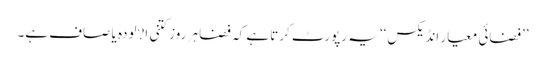
’’فضائی معیار انڈیکس‘‘ یہ رپورٹ کرتا ہے کہ فضا ہر روز کتنی ا?لودہ یا صاف ہے۔